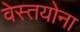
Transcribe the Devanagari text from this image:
वेस्तयोना